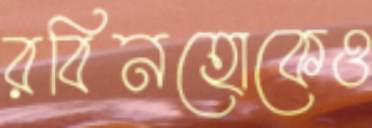
রবিনহোকেও